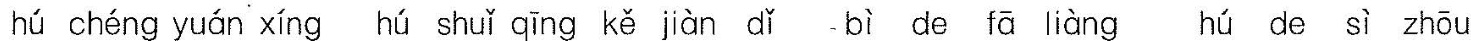
hú chéng yuán xíng hú shuǐ qīng kě jiàn dǐ bì dé fā liàng hú de sì zhōu